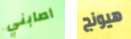
أصابني هيونج